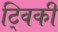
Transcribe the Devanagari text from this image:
ट्विकी